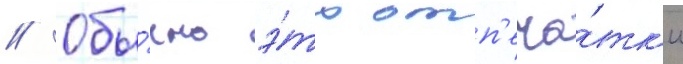
// Обы́чно э́то отп'еча́тк'и